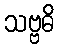
သဗ္ဗဓိ